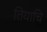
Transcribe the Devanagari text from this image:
तियाचि